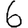
Digit: 6